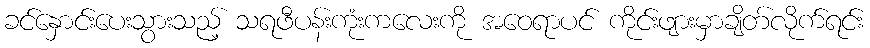
ခင်နှောင်းပေးသွားသည့် သရဖီပန်းကုံးကလေးကို အဝေရာပင် ကိုင်းဖျားမှာချိတ်လိုက်ရင်း